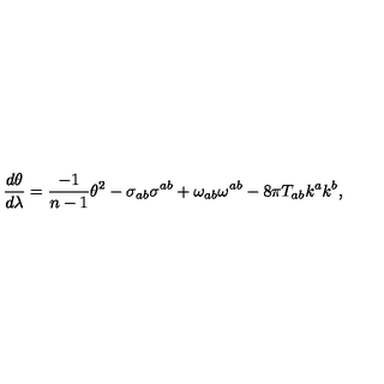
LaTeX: { \frac { d \theta } { d \lambda } } = { { \frac { - 1 } { n - 1 } } { \theta ^ { 2 } } } - \sigma _ { a b } \sigma ^ { a b } + \omega _ { a b } \omega ^ { a b } - 8 \pi T _ { a b } k ^ { a } k ^ { b } ,